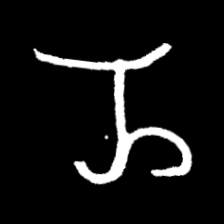
Pyu character \u2014 Myanmar letter: ည (romanized: nya)